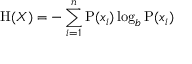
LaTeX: \mathrm { H } ( X ) = - \sum _ { i = 1 } ^ { n } { \mathrm { P } ( x _ { i } ) \log _ { b } \mathrm { P } ( x _ { i } ) }